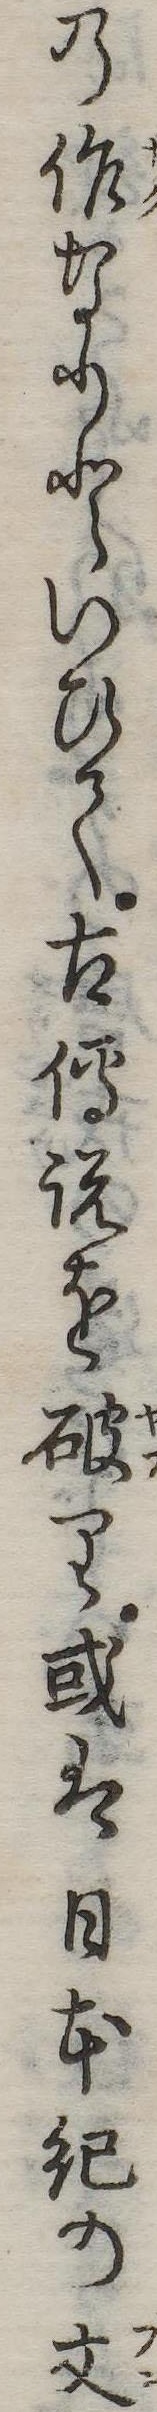
の作なりといひて古伝説を破り或は日本紀の文